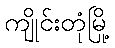
ကျိုင်းတုံမြို့